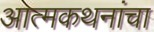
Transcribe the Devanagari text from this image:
आत्मकथनांचा